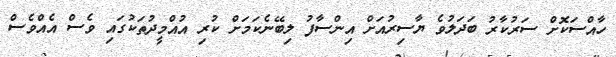
ހާއްސަކޮށް ސަރުކާރު ބަދަލުވެ ޔާސިރުއަށް އިންސާފު ލިބޭނެކަމަށް ކުރި އުއްމީދުތަކުގައި ވެސް އެއްވެސް